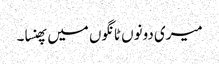
میری دونوں ٹانگوں میں پھنسا۔